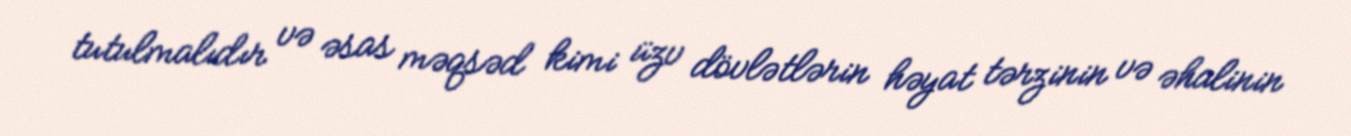
tutulmalıdır və əsas məqsəd kimi üzv dövlətlərin həyat tərzinin və əhalinin